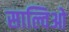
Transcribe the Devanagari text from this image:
साल्विओ